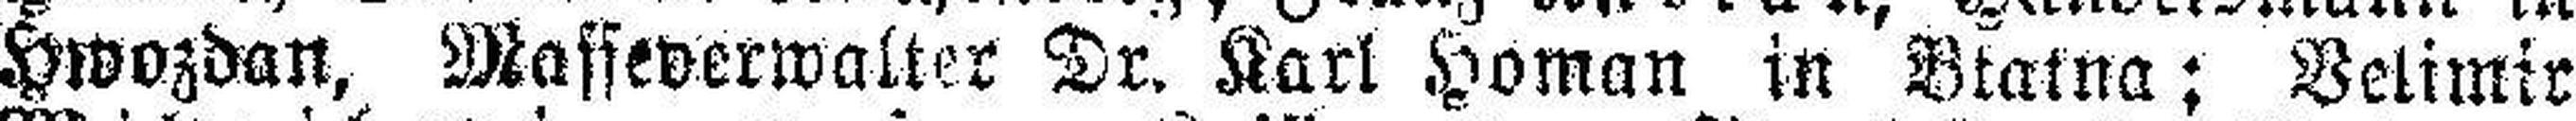
Hwozdan, Masseverwalter Dr. Karl Homan in Btatna; Belimir